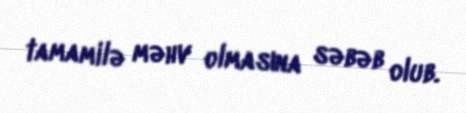
tamamilə məhv olmasına səbəb olub.